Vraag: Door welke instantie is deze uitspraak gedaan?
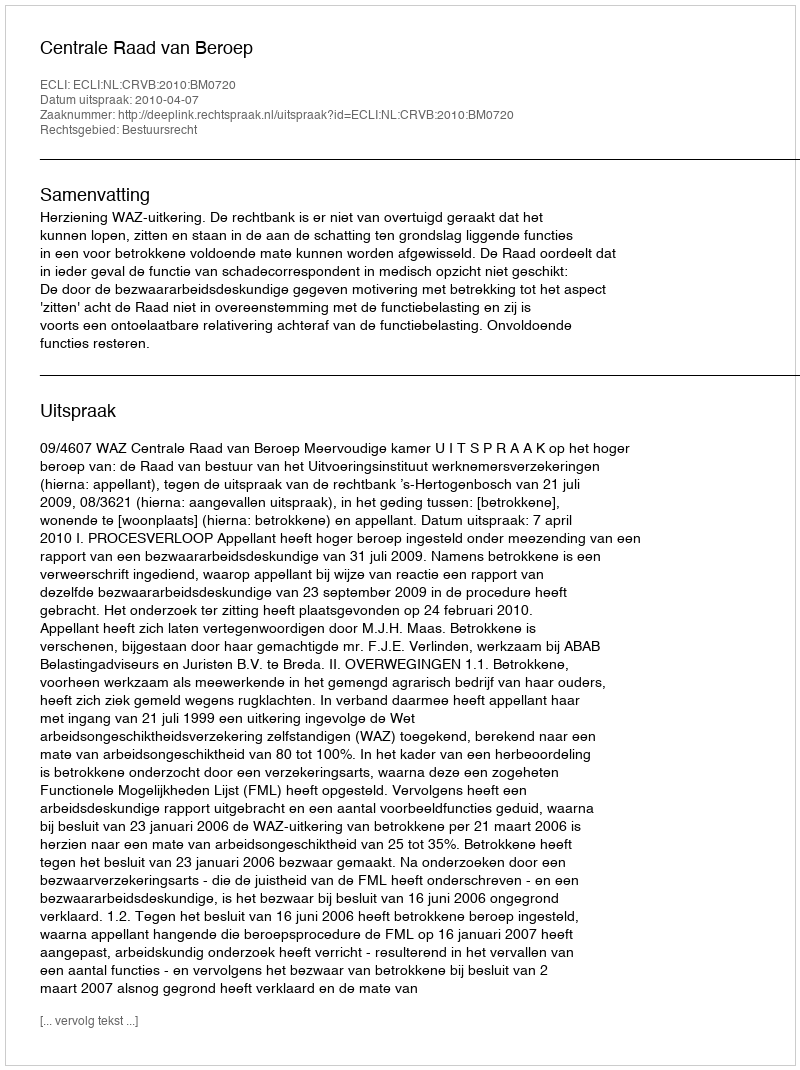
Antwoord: Centrale Raad van Beroep